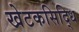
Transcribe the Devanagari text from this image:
खेटकसिद्धि